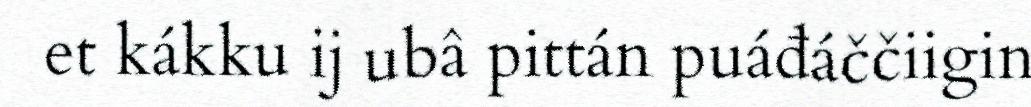
et kákku ij ubâ pittán puáđáččiigin